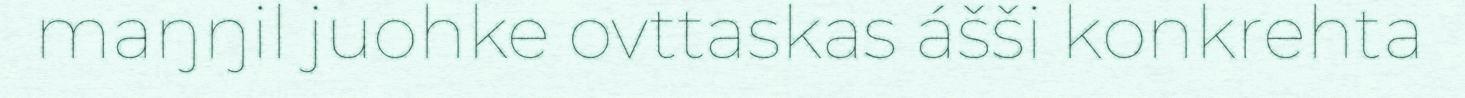
maŋŋil juohke ovttaskas ášši konkrehta